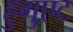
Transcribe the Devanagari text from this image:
हुगुएट